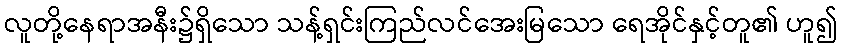
လူတို့နေရာအနီး၌ရှိသော သန့်ရှင်းကြည်လင်အေးမြသော ရေအိုင်နှင့်တူ၏ ဟူ၍